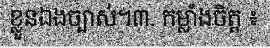
ខ្លួនឯងច្បាស់។៣. កម្លាំងចិត្ត ៖